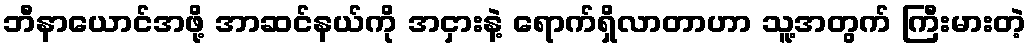
ဘီနာယောင်အဖို့ အာဆင်နယ်ကို အငှားနဲ့ ရောက်ရှိလာတာဟာ သူ့အတွက် ကြီးမားတဲ့